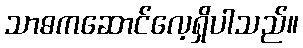
သာဓကဆောင်လေ့ရှိပါသည်။